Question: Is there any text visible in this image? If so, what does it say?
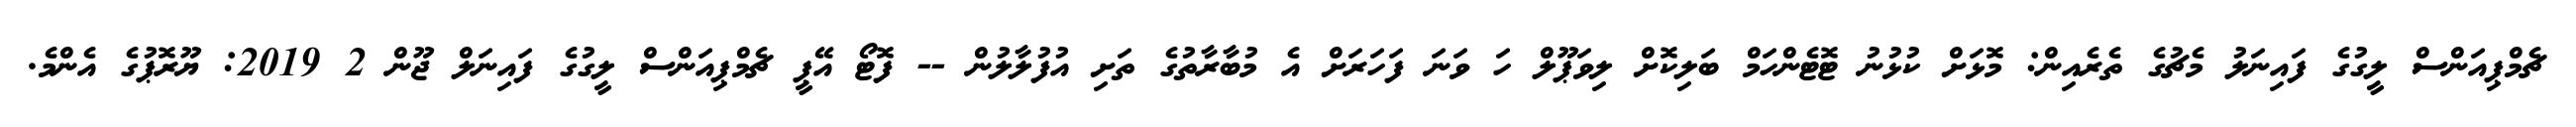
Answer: ޗެމްޕިއަންސް ލީގުގެ ފައިނަލު މެޗުގެ ތެރެއިން: މޮޅަށް ކުޅުނު ޓޮޓެންހަމް ބަލިކޮށް ލިވަޕޫލް ހަ ވަނަ ފަހަރަށް އެ މުބާރާތުގެ ތަށި އުފުލާލުން -- ފޮޓޯ އޭޕީ ޗެމްޕިއަންސް ލީގުގެ ފައިނަލް ޖޫން 2 2019: ޔޫރޮޕުގެ އެންމެ.